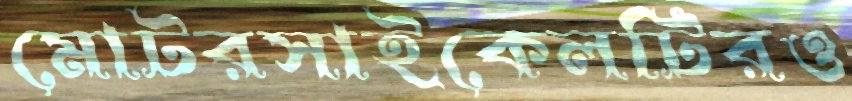
মোটরসাইকেলটিরও